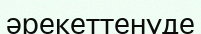
әрекеттенуде